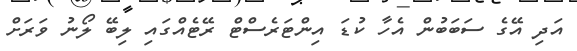
އަދި އޭގެ ސަބަބުން އެހާ ކުޑަ އިންޓަރެސްޓް ރޭޓެއްގައި ލިބޭ ލޯނު ވަރަށް